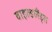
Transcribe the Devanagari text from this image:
वाइल्डलैंड्स